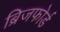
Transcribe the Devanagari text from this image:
ब्रिजफोर्ड